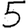
Digit: 5